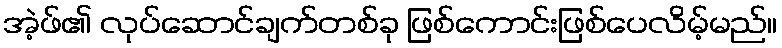
အဲ့ဖ်၏ လုပ်ဆောင်ချက်တစ်ခု ဖြစ်ကောင်းဖြစ်ပေလိမ့်မည်။